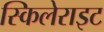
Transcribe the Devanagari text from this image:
स्किलेराइट